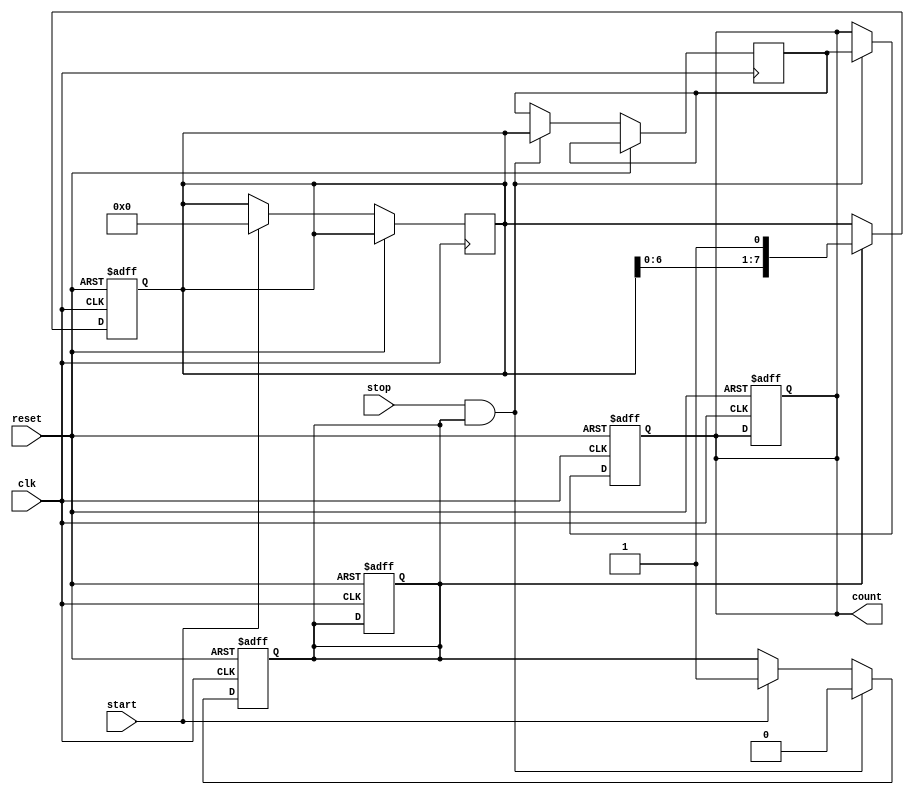
module TDC (
    input wire clk,          // System clock
    input wire reset,        // Asynchronous reset
    input wire start,        // Start signal
    input wire stop,         // Stop signal
    output reg [N-1:0] count // Output count representing time interval
);
    parameter N = 8; // Number of delay stages (adjust for resolution)
    parameter DELAY_TIME = 1; // Delay time per stage (in clock cycles)

    // Delay line implementation
    reg [N-1:0] delay_line;
    reg [N-1:0] sampled_value;
    reg counting; // Flag to indicate counting state

    // Delay line logic
    always @(posedge clk or posedge reset) begin
        if (reset) begin
            delay_line <= 0;
            count <= 0;
            counting <= 0;
        end else begin
            if (counting) begin
                // Shift the delay line on each clock cycle
                delay_line <= {delay_line[N-2:0], 1'b1}; // Propagate the signal
            end
        end
    end

    // Control logic for start and stop signals
    always @(posedge clk or posedge reset) begin
        if (reset) begin
            counting <= 0;
            count <= 0;
        end else begin
            if (start) begin
                counting <= 1; // Start counting
                delay_line <= 0; // Reset delay line
            end
            if (stop && counting) begin
                counting <= 0; // Stop counting
                sampled_value <= delay_line; // Sample the delay line
                count <= sampled_value; // Output the count
            end
        end
    end
endmodule